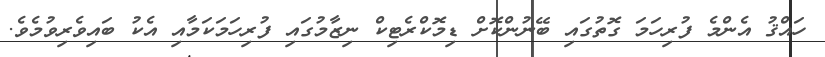
ހައްޤު އެންމެ ފުރިހަމަ ގޮތުގައި ބޭނުންކޮށް ޑިމޮކްރެޓިކް ނިޒާމުގައި ފުރިހަމަކަމާއި އެކު ބައިވެރިވުމެވެ.